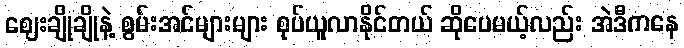
ဈေးချိုချိုနဲ့ စွမ်းအင်များများ စုပ်ယူလာနိုင်တယ် ဆိုပေမယ့်လည်း အဲဒီကနေ